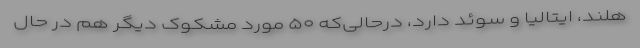
هلند، ایتالیا و سوئد دارد، درحالی‌که ۵۰ مورد مشکوک دیگر هم در حال